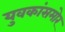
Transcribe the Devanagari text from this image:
युवकांसमोर